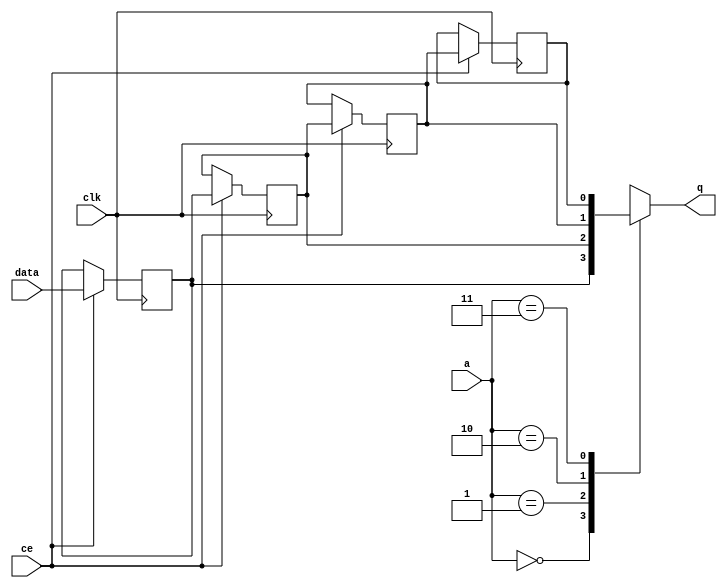


`timescale 1 ns / 1 ps

module kernel_bc_start_for_write_back56_U0_shiftReg (
    clk,
    data,
    ce,
    a,
    q);

parameter DATA_WIDTH = 32'd1;
parameter ADDR_WIDTH = 32'd2;
parameter DEPTH = 3'd4;

input clk;
input [DATA_WIDTH-1:0] data;
input ce;
input [ADDR_WIDTH-1:0] a;
output [DATA_WIDTH-1:0] q;

reg[DATA_WIDTH-1:0] SRL_SIG [0:DEPTH-1];
integer i;

always @ (posedge clk)
    begin
        if (ce)
        begin
            for (i=0;i<DEPTH-1;i=i+1)
                SRL_SIG[i+1] <= SRL_SIG[i];
            SRL_SIG[0] <= data;
        end
    end

assign q = SRL_SIG[a];

endmodule

module kernel_bc_start_for_write_back56_U0 (
    clk,
    reset,
    if_empty_n,
    if_read_ce,
    if_read,
    if_dout,
    if_full_n,
    if_write_ce,
    if_write,
    if_din);

parameter MEM_STYLE   = "shiftreg";
parameter DATA_WIDTH  = 32'd1;
parameter ADDR_WIDTH  = 32'd2;
parameter DEPTH       = 3'd4;

input clk;
input reset;
output if_empty_n;
input if_read_ce;
input if_read;
output[DATA_WIDTH - 1:0] if_dout;
output if_full_n;
input if_write_ce;
input if_write;
input[DATA_WIDTH - 1:0] if_din;

wire[ADDR_WIDTH - 1:0] shiftReg_addr ;
wire[DATA_WIDTH - 1:0] shiftReg_data, shiftReg_q;
wire                     shiftReg_ce;
reg[ADDR_WIDTH:0] mOutPtr = ~{(ADDR_WIDTH+1){1'b0}};
reg internal_empty_n = 0;
reg internal_full_n = 1;

assign if_full_n = internal_full_n;
assign if_empty_n = internal_empty_n;
assign shiftReg_data = if_din;
assign if_dout = shiftReg_q;

always @ (posedge clk) begin
    if (reset == 1'b1)
    begin
        mOutPtr <= ~{ADDR_WIDTH+1{1'b0}};
        internal_empty_n <= 1'b0;
        internal_full_n <= 1'b1;
    end
    else begin
        if (((if_read & if_read_ce) == 1 & internal_empty_n == 1) && 
            ((if_write & if_write_ce) == 0 | internal_full_n == 0))
        begin
            mOutPtr <= mOutPtr - 3'd1;
            if (mOutPtr == 3'd0)
                internal_empty_n <= 1'b0;
            internal_full_n <= 1'b1;
        end 
        else if (((if_read & if_read_ce) == 0 | internal_empty_n == 0) && 
            ((if_write & if_write_ce) == 1 & internal_full_n == 1))
        begin
            mOutPtr <= mOutPtr + 3'd1;
            internal_empty_n <= 1'b1;
            if (mOutPtr == DEPTH - 3'd2)
                internal_full_n <= 1'b0;
        end 
    end
end

assign shiftReg_addr = mOutPtr[ADDR_WIDTH] == 1'b0 ? mOutPtr[ADDR_WIDTH-1:0]:{ADDR_WIDTH{1'b0}};
assign shiftReg_ce = (if_write & if_write_ce) & internal_full_n;

kernel_bc_start_for_write_back56_U0_shiftReg 
#(
    .DATA_WIDTH(DATA_WIDTH),
    .ADDR_WIDTH(ADDR_WIDTH),
    .DEPTH(DEPTH))
U_kernel_bc_start_for_write_back56_U0_ram (
    .clk(clk),
    .data(shiftReg_data),
    .ce(shiftReg_ce),
    .a(shiftReg_addr),
    .q(shiftReg_q));

endmodule